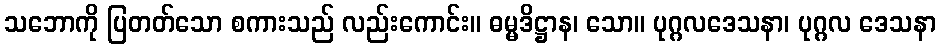
သဘောကို ပြတတ်သော စကားသည် လည်းကောင်း။ ဓမ္မဒိဋ္ဌာန၊ သော။ ပုဂ္ဂလဒေသနာ၊ ပုဂ္ဂလ ဒေသနာ